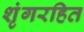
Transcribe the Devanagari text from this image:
शृंगरहित